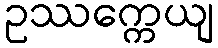
ဥဿက္ကေယျ